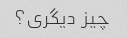
چیز دیگری؟